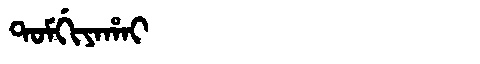
Manchu: ᡨᠣᠮᡤᡳᠶᠠᡥᠠᡳ
Romanization: TOMGIYAHAI